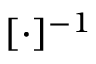
[ \cdot ] ^ { - 1 }